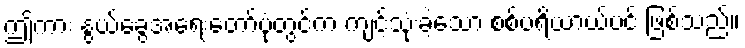
ဤကား နွယ်ခွေအရေးတော်ပုံတွင်က ကျင့်သုံးခဲ့သော စစ်ပရိယာယ်ပင် ဖြစ်သည်။